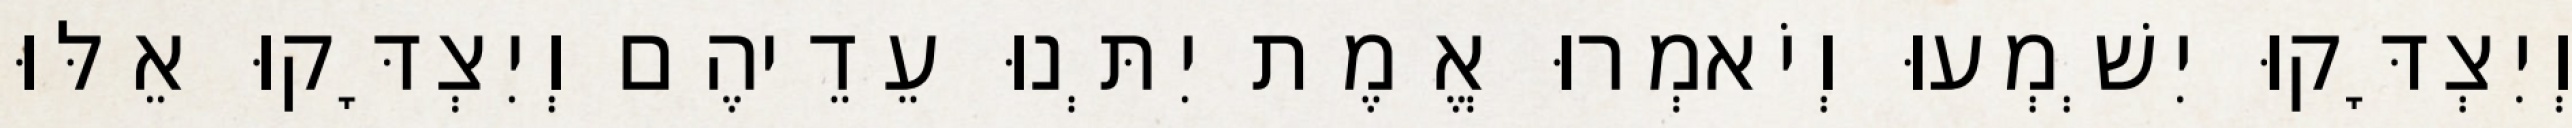
וְיִצְדָּקוּ יִשְׁמְעוּ וְיֹאמְרוּ אֱמֶת יִתְּנוּ עֵדֵיהֶם וְיִצְדָּקוּ אֵלּוּ